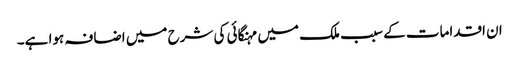
ان اقدامات کے سبب ملک میں مہنگائی کی شرح میں اضافہ ہوا ہے۔